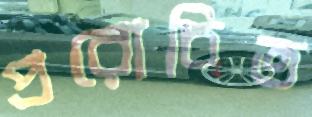
প্ররোচিত